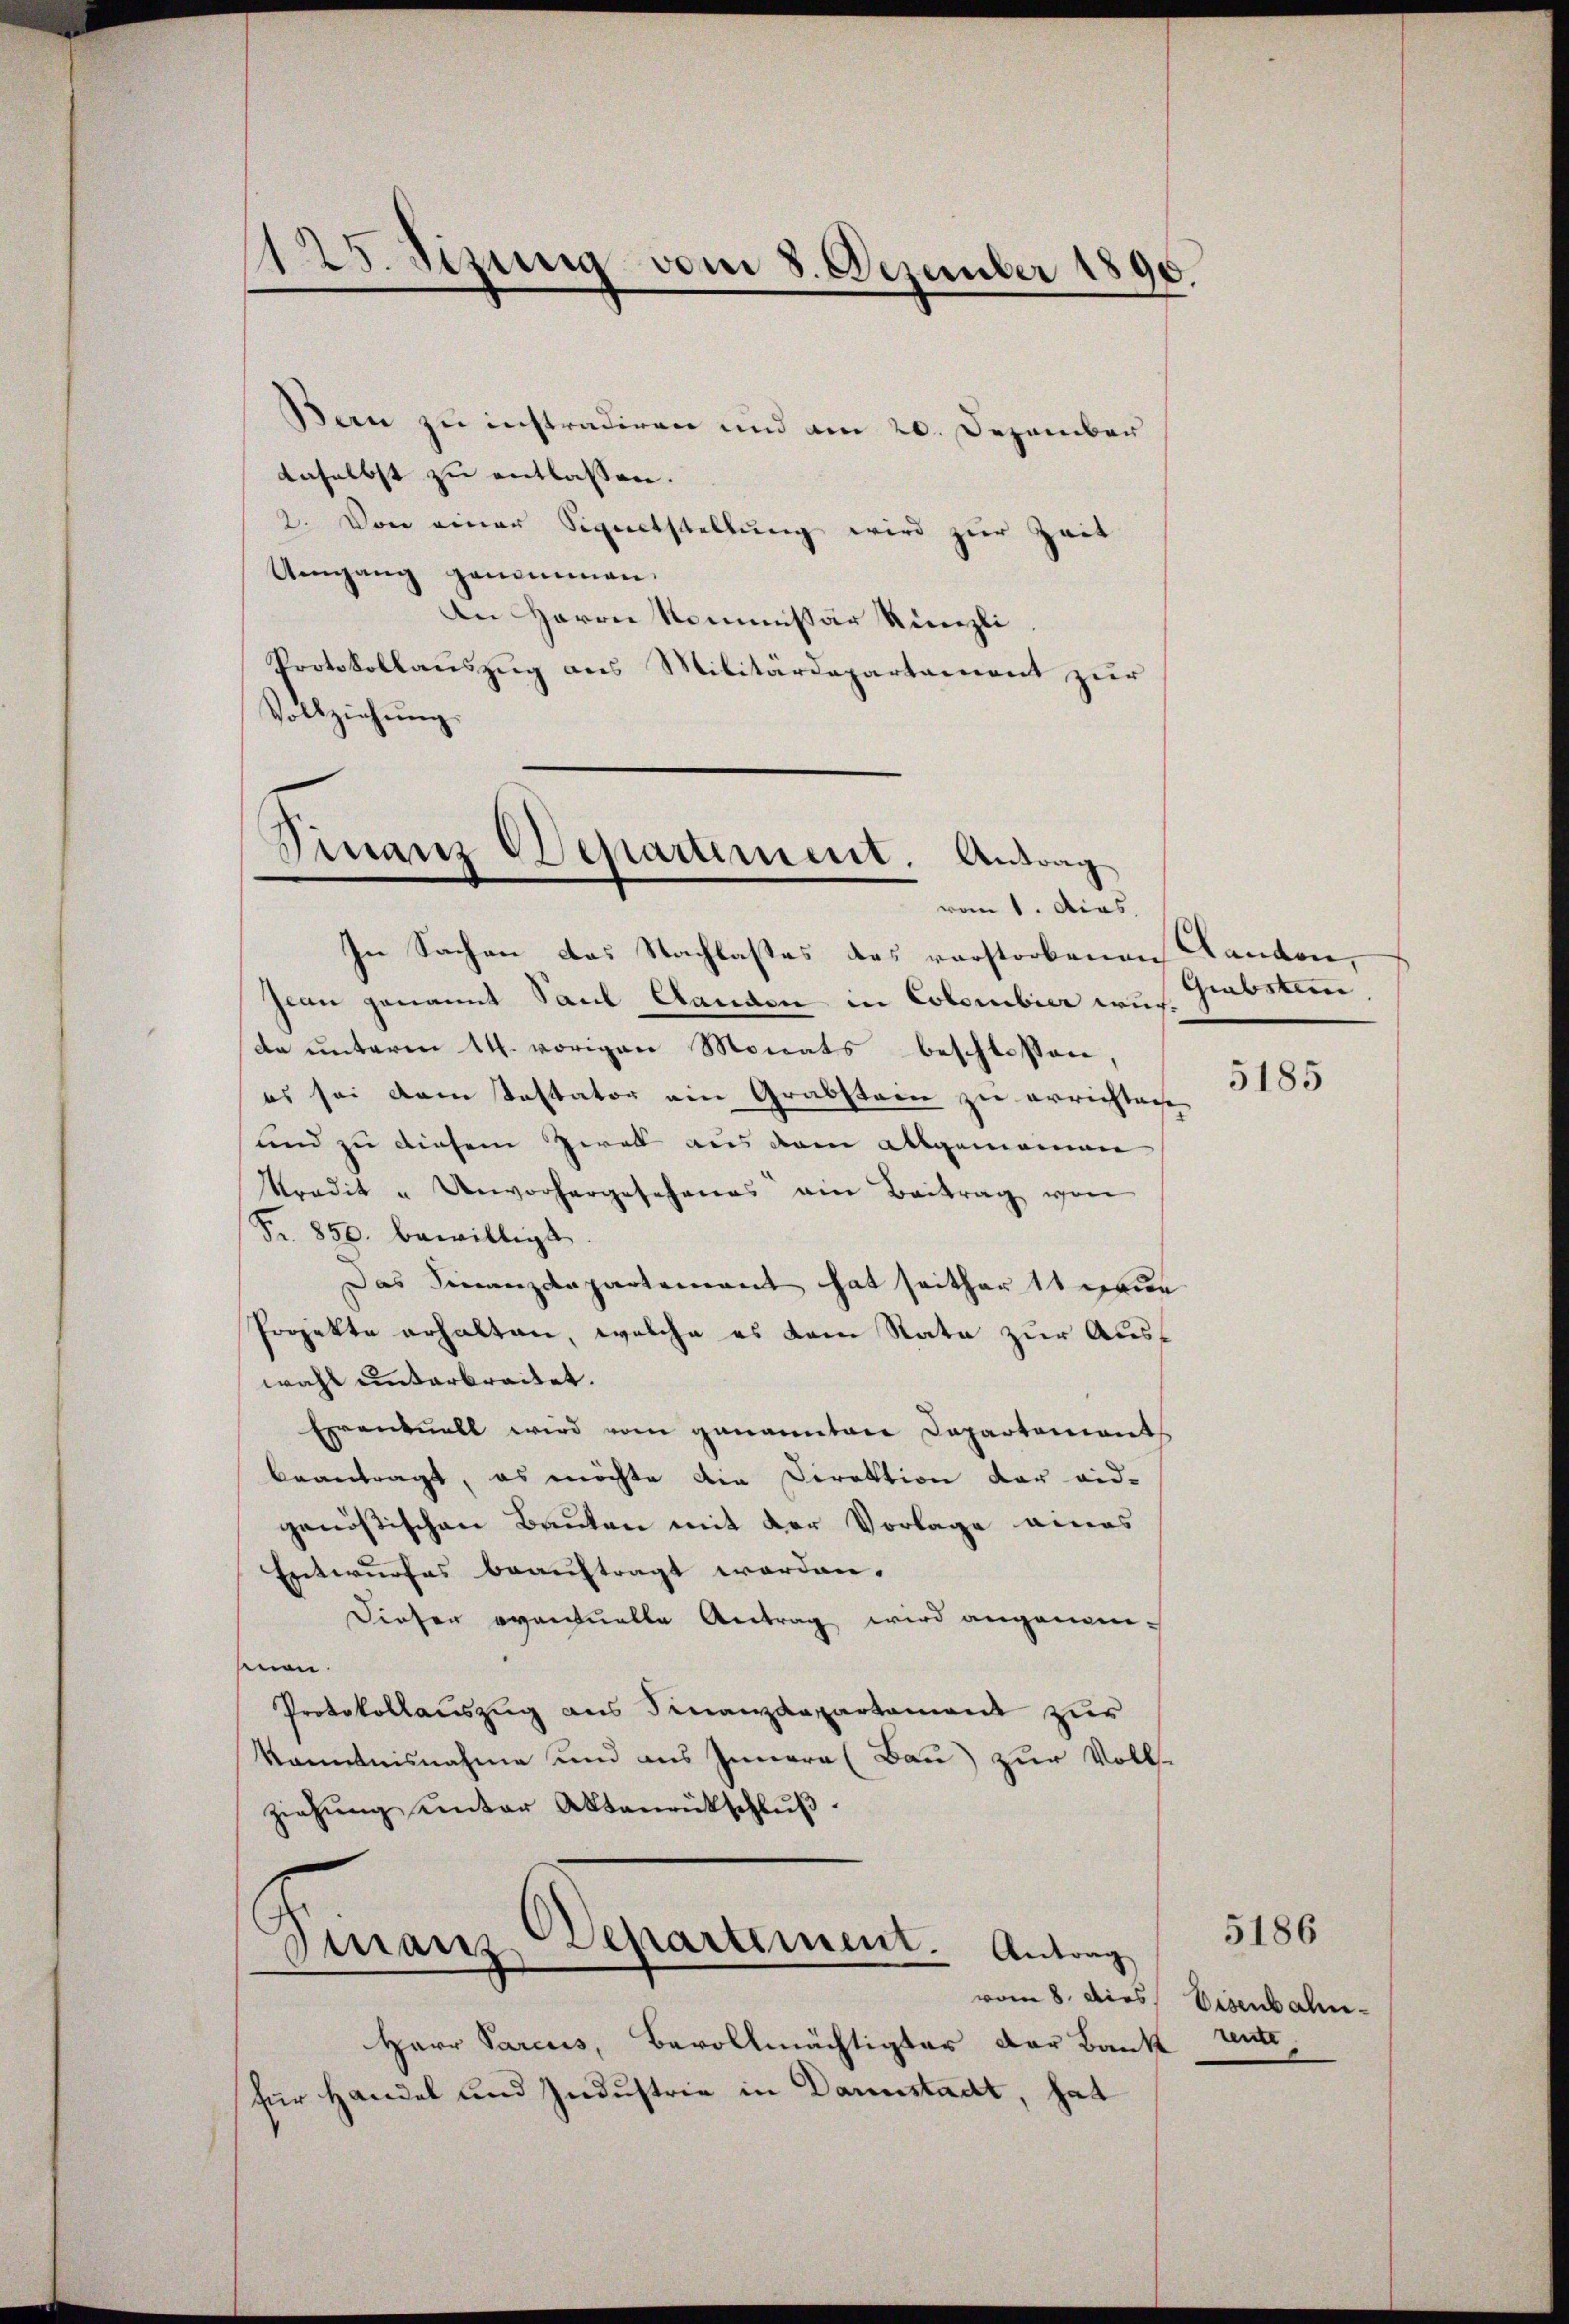
1125. Sizung vom 8. Dezember 1890.

Bern zu instradiren und am 20. Dezember
daselbst zu entlassen.
2. Von einer Signetstellung wird zur Zeit
Umgang genommen.
An Herrn Kommissär Künzli
Protokollauszug aus Militärdepartement zur
Vollziehung.

Finanz Departement. Antrag
vom 1. Acas.

In Sachen das Nachlastes des vorstorbenen Kanton,
Jwan genannt Paul Landen in Colombier wuchda unterm 14. vorigen Monats beschlossen,
es sei dem Kastator ein Grabstern zu errichtige
und zu diesem Zwek aus dem allgemeinen
Predit " Unvorhergesehenes ein Beitrag von
Fr. 850. bewilligt
Das Finanzdepartement hat seither 11 neue
Projekte erhalten, welche es kam State zur Auswahl unterbreitet.
Erventuell wird vom genannten Departements
beantragt, es möchte die Direktion der eid-
genößischen Bauten mit der Vorlage eines
Entwurfes beauftragt worden.
Dieser eventuelle Antrag wird angenomeen.
Protokollauszug aus Finanzdepartement zur
Kenntnisnahme und aus Innern (Bau) zur Voll-
ziehung unter Aktenrütschluß.

.
Departement. Antrag
Finanz

vom 8. Dies
Herr Parcus, Bevollmächtigter der Bank
für Handel und Industrie in Dannstadt, hat

Grabsten,

5185

Eisenbahn¬
 rente

5186